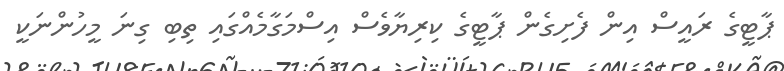
ޕާޓީގެ ރައީސް އިން ފެށިގެން ޕާޓީގެ ކިރިޔާވެސް އިސްމަގާމެއްގައި ތިބި ގިނަ މީހުންނަކީ